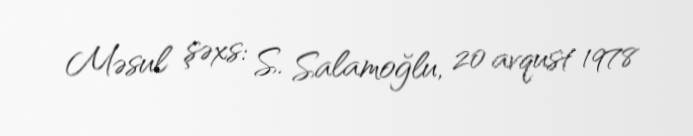
Məsul şəxs: S. Salamoğlu, 20 avqust 1978